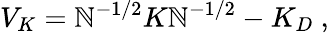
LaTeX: V_{K}=\mathbb{N}^{-1/2}K\mathbb{N}^{-1/2}-K_{D}~,